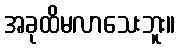
အခုထိမလာသေးဘူး။